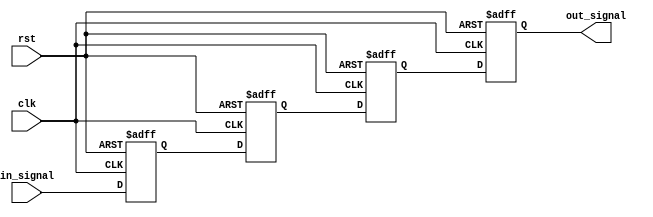
module cascade_synchronizer (
    input wire clk,
    input wire rst,
    input wire in_signal,
    output reg out_signal
);

reg [4:0] stage_1, stage_2, stage_3, stage_4;

always @(posedge clk or posedge rst) begin
    if (rst) begin
        stage_1 <= 1'b0;
        stage_2 <= 1'b0;
        stage_3 <= 1'b0;
        stage_4 <= 1'b0;
    end else begin
        stage_1 <= in_signal;
        stage_2 <= stage_1;
        stage_3 <= stage_2;
        stage_4 <= stage_3;
    end
end

assign out_signal = stage_4;

endmodule